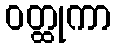
ဝတ္ထုကာ